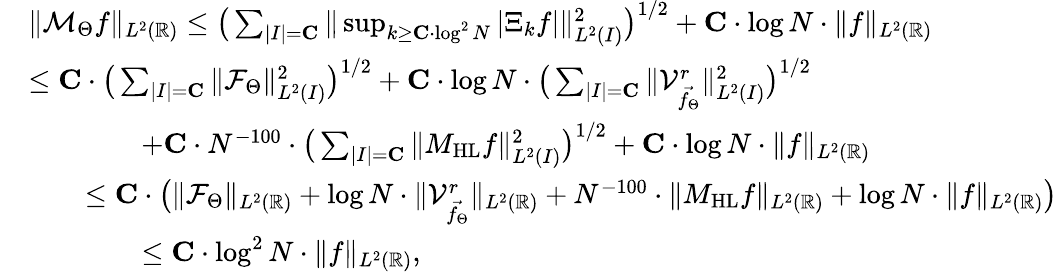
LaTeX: \begin{array}{rl}&{\| \mathcal{M}_{\Theta}f\| _{L^{2}(\mathbb{R})}\leq\big(\sum_{|I|=\mathbf{C}}\| \operatorname*{sup}_{k\geq\mathbf{C}\cdot\log^{2}N}|\Xi_{k}f|\| _{L^{2}(I)}^{2}\big)^{1/2}+\mathbf{C}\cdot\log N\cdot\| f\| _{L^{2}(\mathbb{R})}}\\ &{\leq\mathbf{C}\cdot\big(\sum_{|I|=\mathbf{C}}\| \mathcal{F}_{\Theta}\| _{L^{2}(I)}^{2}\big)^{1/2}+\mathbf{C}\cdot\log N\cdot\big(\sum_{|I|=\mathbf{C}}\| \mathcal{V}_{\vec{f_{\Theta}}}^{r}\| _{L^{2}(I)}^{2}\big)^{1/2}}\\ &{\qquad\qquad+\mathbf{C}\cdot N^{-100}\cdot\big(\sum_{|I|=\mathbf{C}}\| M_{\mathrm{HL}}f\| _{L^{2}(I)}^{2}\big)^{1/2}+\mathbf{C}\cdot\log N\cdot\| f\| _{L^{2}(\mathbb{R})}}\\ &{\qquad\leq\mathbf{C}\cdot\big(\| \mathcal{F}_{\Theta}\| _{L^{2}(\mathbb{R})}+\log N\cdot\| \mathcal{V}_{\vec{f_{\Theta}}}^{r}\| _{L^{2}(\mathbb{R})}+N^{-100}\cdot\| M_{\mathrm{HL}}f\| _{L^{2}(\mathbb{R})}+\log N\cdot\| f\| _{L^{2}(\mathbb{R})}\big)}\\ &{\qquad\qquad\leq\mathbf{C}\cdot\log^{2}N\cdot\| f\| _{L^{2}(\mathbb{R})},}\end{array}